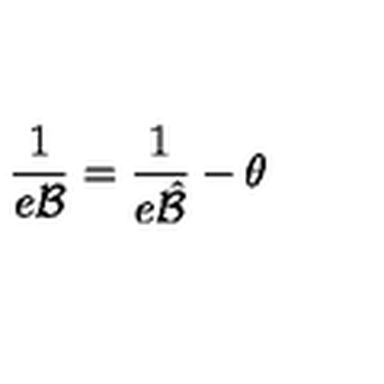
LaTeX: \frac { 1 } { e { \mathcal B } } = \frac { 1 } { e { \hat { \mathcal B } } } - \theta